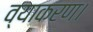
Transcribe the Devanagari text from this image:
व्याकरण।